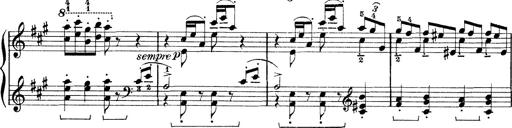
Title: Rapsodie: 19 ungheresi, 1 spagnuola
Composer: Franz Liszt